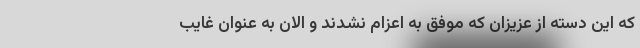
که این دسته از عزیزان که موفق به اعزام نشدند و الان به عنوان غایب